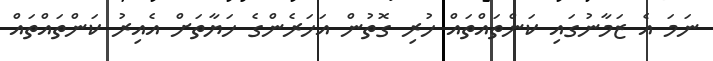
ނަމަ އެ ޒަމާނުގައި ކަންތައްތައް ހުރި ގޮތުން އަހަރެންގެ ހަޔާތަށް އެއިރު ކަންތައްތައް